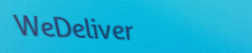
WeDeliver